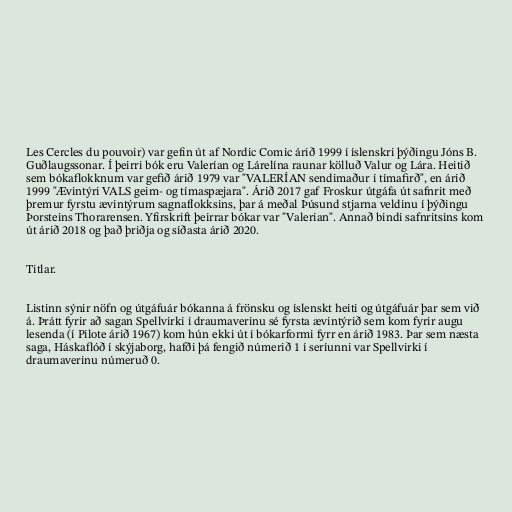
Les Cercles du pouvoir) var gefin út af Nordic Comic árið 1999 í íslenskri þýðingu Jóns B.
Guðlaugssonar. Í þeirri bók eru Valerían og Lárelína raunar kölluð Valur og Lára. Heitið
sem bókaflokknum var gefið árið 1979 var "VALERÍAN sendimaður í tímafirð", en árið
1999 "Ævintýri VALS geim- og tímaspæjara". Árið 2017 gaf Froskur útgáfa út safnrit með
þremur fyrstu ævintýrum sagnaflokksins, þar á meðal Þúsund stjarna veldinu í þýðingu
Þorsteins Thorarensen. Yfirskrift þeirrar bókar var "Valerian". Annað bindi safnritsins kom
út árið 2018 og það þriðja og síðasta árið 2020.

Titlar.

Listinn sýnir nöfn og útgáfuár bókanna á frönsku og íslenskt heiti og útgáfuár þar sem við
á. Þrátt fyrir að sagan Spellvirki í draumaverinu sé fyrsta ævintýrið sem kom fyrir augu
lesenda (í Pilote árið 1967) kom hún ekki út í bókarformi fyrr en árið 1983. Þar sem næsta
saga, Háskaflóð í skýjaborg, hafði þá fengið númerið 1 í seríunni var Spellvirki í
draumaverinu númeruð 0.